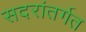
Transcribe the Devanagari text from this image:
सदरांतर्गत